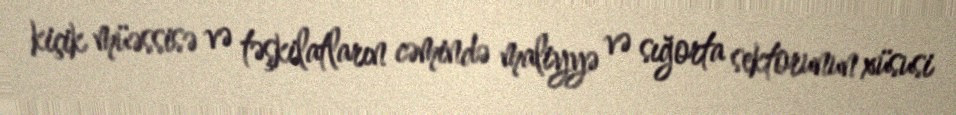
kiçik müəssisə və təşkilatların cəmində maliyyə və sığorta sektorunun xüsusi